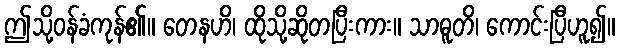
ဤသို့ဝန်ခံကုန်၏။ တေနဟိ၊ ထိုသို့ဆိုတပြီးကား။ သာဓူတိ၊ ကောင်းပြီဟူ၍။